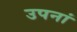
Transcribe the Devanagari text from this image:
उपनां